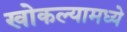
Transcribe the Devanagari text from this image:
खोकल्यामध्ये